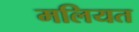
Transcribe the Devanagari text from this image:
मलियत